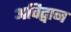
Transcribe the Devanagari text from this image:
अविद्वान